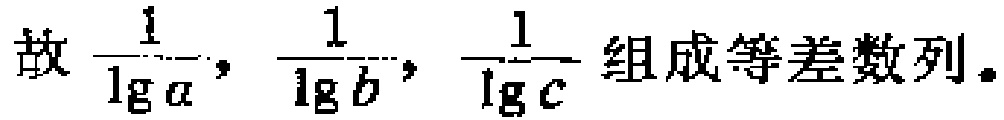
故$\frac{1}{\lg a},\frac{1}{\lg b},\frac{1}{\lg c}$组成等差数列。